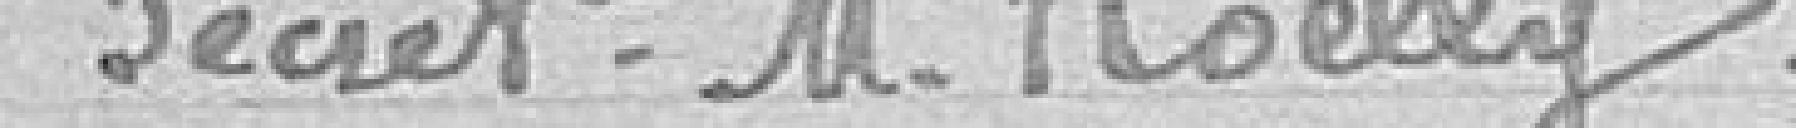
Secrétaire Monsieur Roelly